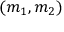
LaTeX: ( m _ { 1 } , m _ { 2 } )